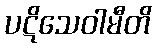
ပဋိသေဝါမီတိ